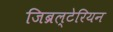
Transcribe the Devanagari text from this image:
जिब्रल्टेरियन